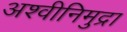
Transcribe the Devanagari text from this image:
अश्वीनिमुद्रा